Notes on vaccination in the North-West Frontier Province 1923-1928 - 1923-1928
Year: 1923
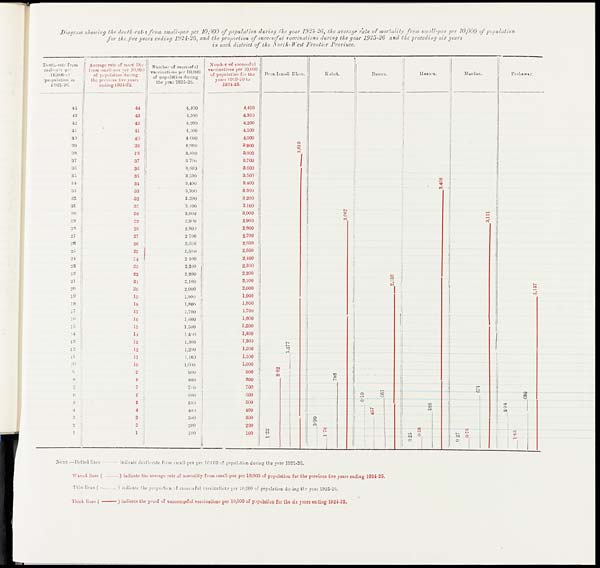
Diagram showing the death-rates from small-pox per 10,000 of population during the year 1925-26, the average rate of mortality from small-pox per 10,000 of population
for the five years ending 1924-25, and the proportion of successful vaccinations during the year 1925-26 and the preceding six years
in each district of the North-West Frontier Province.